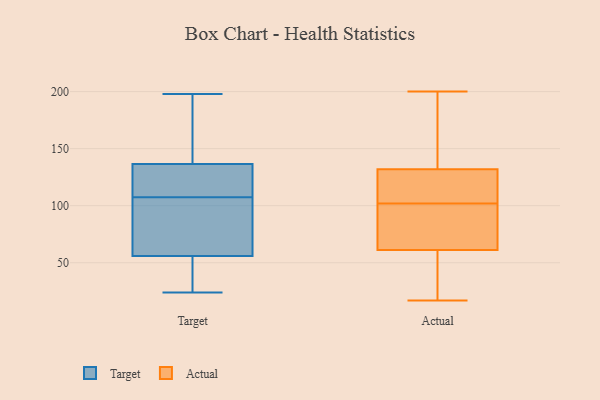
{"axis": {"x": "Conversion Rate (%)", "y": "Value"}, "legend": ["Actual", "Target"], "data": [{"x": "", "y": 40, "type": "Target"}, {"x": "", "y": 140, "type": "Target"}, {"x": "", "y": 136, "type": "Target"}, {"x": "", "y": 137, "type": "Target"}, {"x": "", "y": 68, "type": "Target"}, {"x": "", "y": 198, "type": "Target"}, {"x": "", "y": 50, "type": "Target"}, {"x": "", "y": 118, "type": "Target"}, {"x": "", "y": 24, "type": "Target"}, {"x": "", "y": 124, "type": "Target"}, {"x": "", "y": 62, "type": "Target"}, {"x": "", "y": 97, "type": "Target"}, {"x": "", "y": 61, "type": "Actual"}, {"x": "", "y": 26, "type": "Actual"}, {"x": "", "y": 99, "type": "Actual"}, {"x": "", "y": 102, "type": "Actual"}, {"x": "", "y": 83, "type": "Actual"}, {"x": "", "y": 17, "type": "Actual"}, {"x": "", "y": 123, "type": "Actual"}, {"x": "", "y": 200, "type": "Actual"}, {"x": "", "y": 132, "type": "Actual"}, {"x": "", "y": 132, "type": "Actual"}, {"x": "", "y": 28, "type": "Actual"}, {"x": "", "y": 192, "type": "Actual"}, {"x": "", "y": 198, "type": "Actual"}, {"x": "", "y": 62, "type": "Actual"}, {"x": "", "y": 113, "type": "Actual"}]}